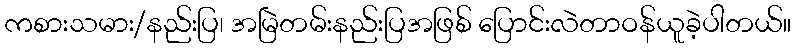
ကစားသမား/နည်းပြ၊ အမြဲတမ်းနည်းပြအဖြစ် ပြောင်းလဲတာဝန်ယူခဲ့ပါတယ်။